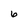
Character: 6